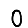
Digit: 0